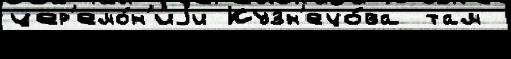
цер'емо́н'иjи Кузн'ецо́ва там